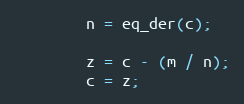
Language: C++
        n = eq_der(c);

        z = c - (m / n);
        c = z;